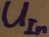
Text: UIn